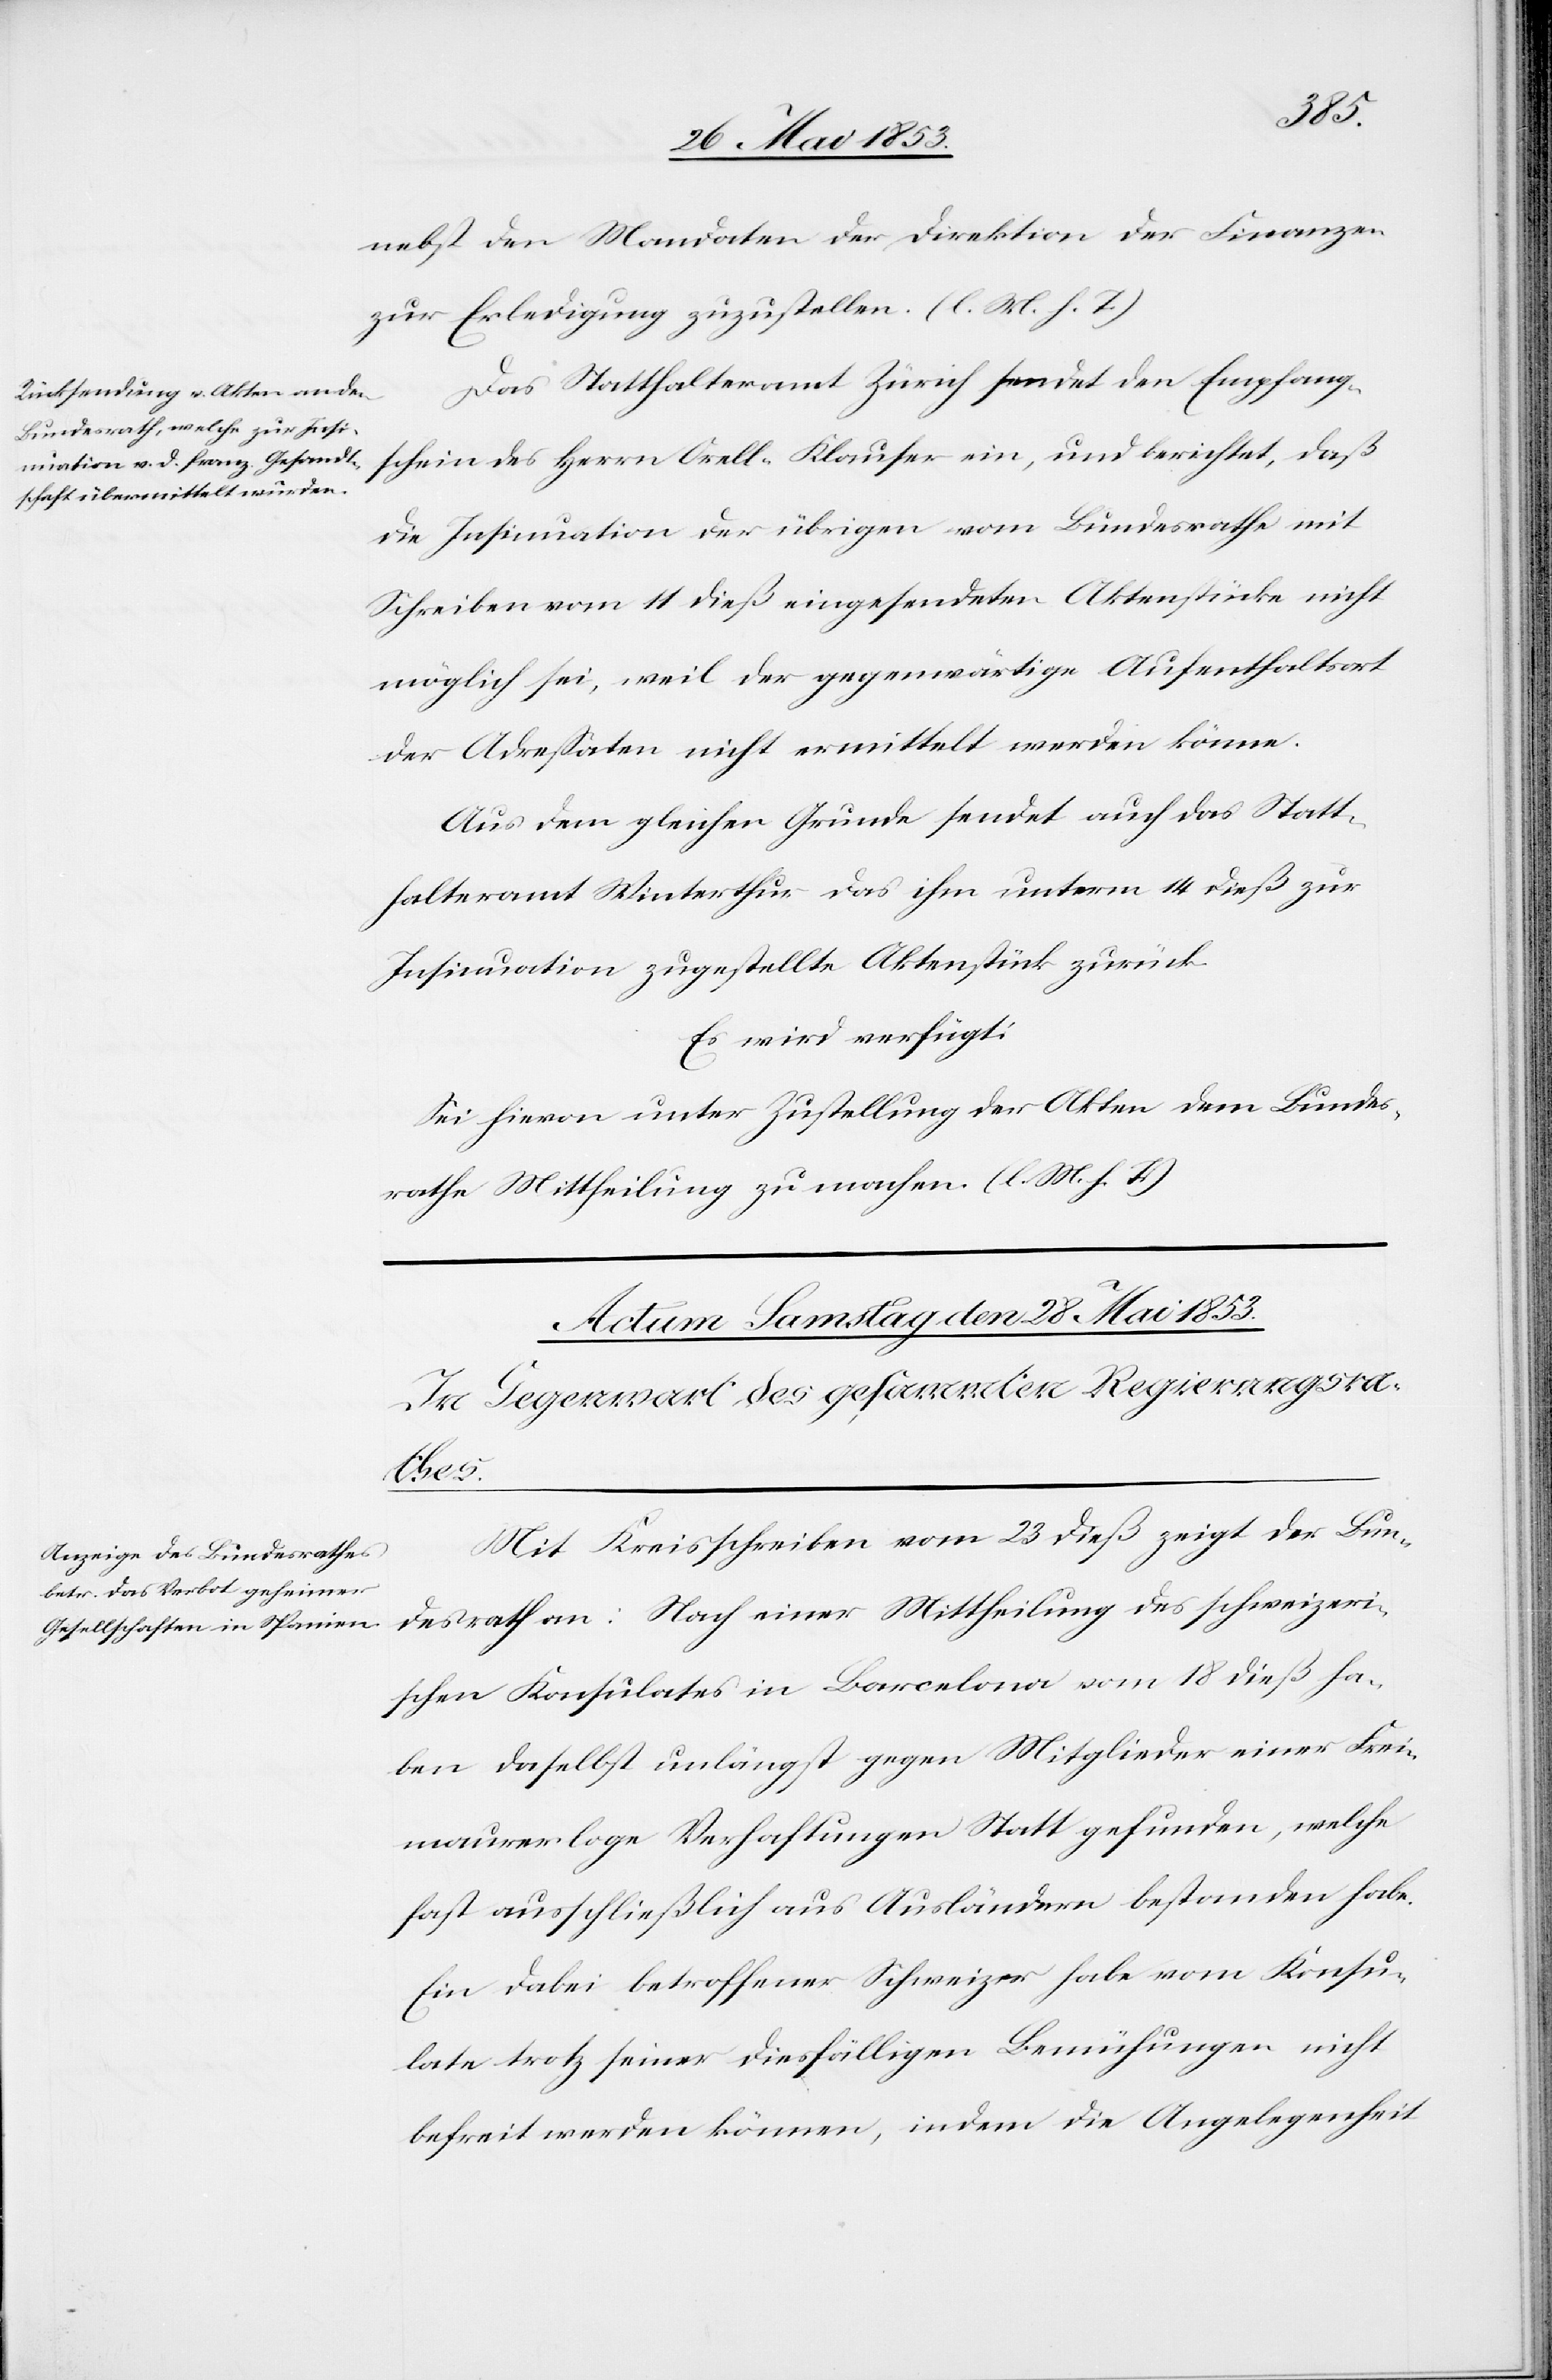
den
27 Mai 1853.]
nebst den Mandaten der Direktion der Finanzen
zur Erledigung zuzustellen. [l. M. h. T]
Das Statthalteramt Zürich sendet den Empfang¬
schein des Herrn Orell-Klauser ein, und berichtet, daß
die Insinuation der übrigen vom Bundesrathe mit
Schreiben vom 14 dieß eingesendeten Aktenstücke nicht
möglich sei, weil der gegenwärtige Aufenthaltsort
der Adreßaten nicht ermittelt werden könne.
Aus dem gleichen Grunde sendet auch das Statt¬
halteramt Winterthur das ihm unterm 14 dieß zur
Insinuation zugestellte Aktenstück zurück.
Es wird verfügt:
Sei hievon unter Zustellung der Akten dem Bundes¬
rathe Mittheilung zu machen. [l. M. h. T]
Mit Kreisschreiben vom 23 dieß zeigt der Bun¬
desrath an: Nach einer Mittheilung des schweizeri¬
schen Konsulates in Barcelona vom 18 dieß ha¬
ben daselbst unlängst gegen Mitglieder einer Frei¬
maurerloge Verhaftungen Statt gefunden, welche
fast ausschließlich aus Ausländern bestanden habe.
Ein dabei betroffener Schweizer habe vom Konsu¬
late trotz seiner diesfälligen Bemühungen nicht
befreit werden können, indem die Angelegenheit